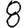
Digit: 8